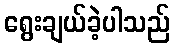
ရွေးချယ်ခဲ့ပါသည်